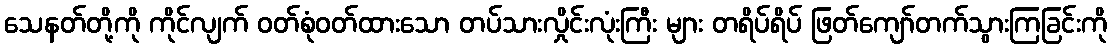
သေနတ်တို့ကို ကိုင်လျက် ဝတ်စုံဝတ်ထားသော တပ်သားလှိုင်းလုံးကြီး များ တရိပ်ရိပ် ဖြတ်ကျော်တက်သွားကြခြင်းကို